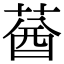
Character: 𦳷